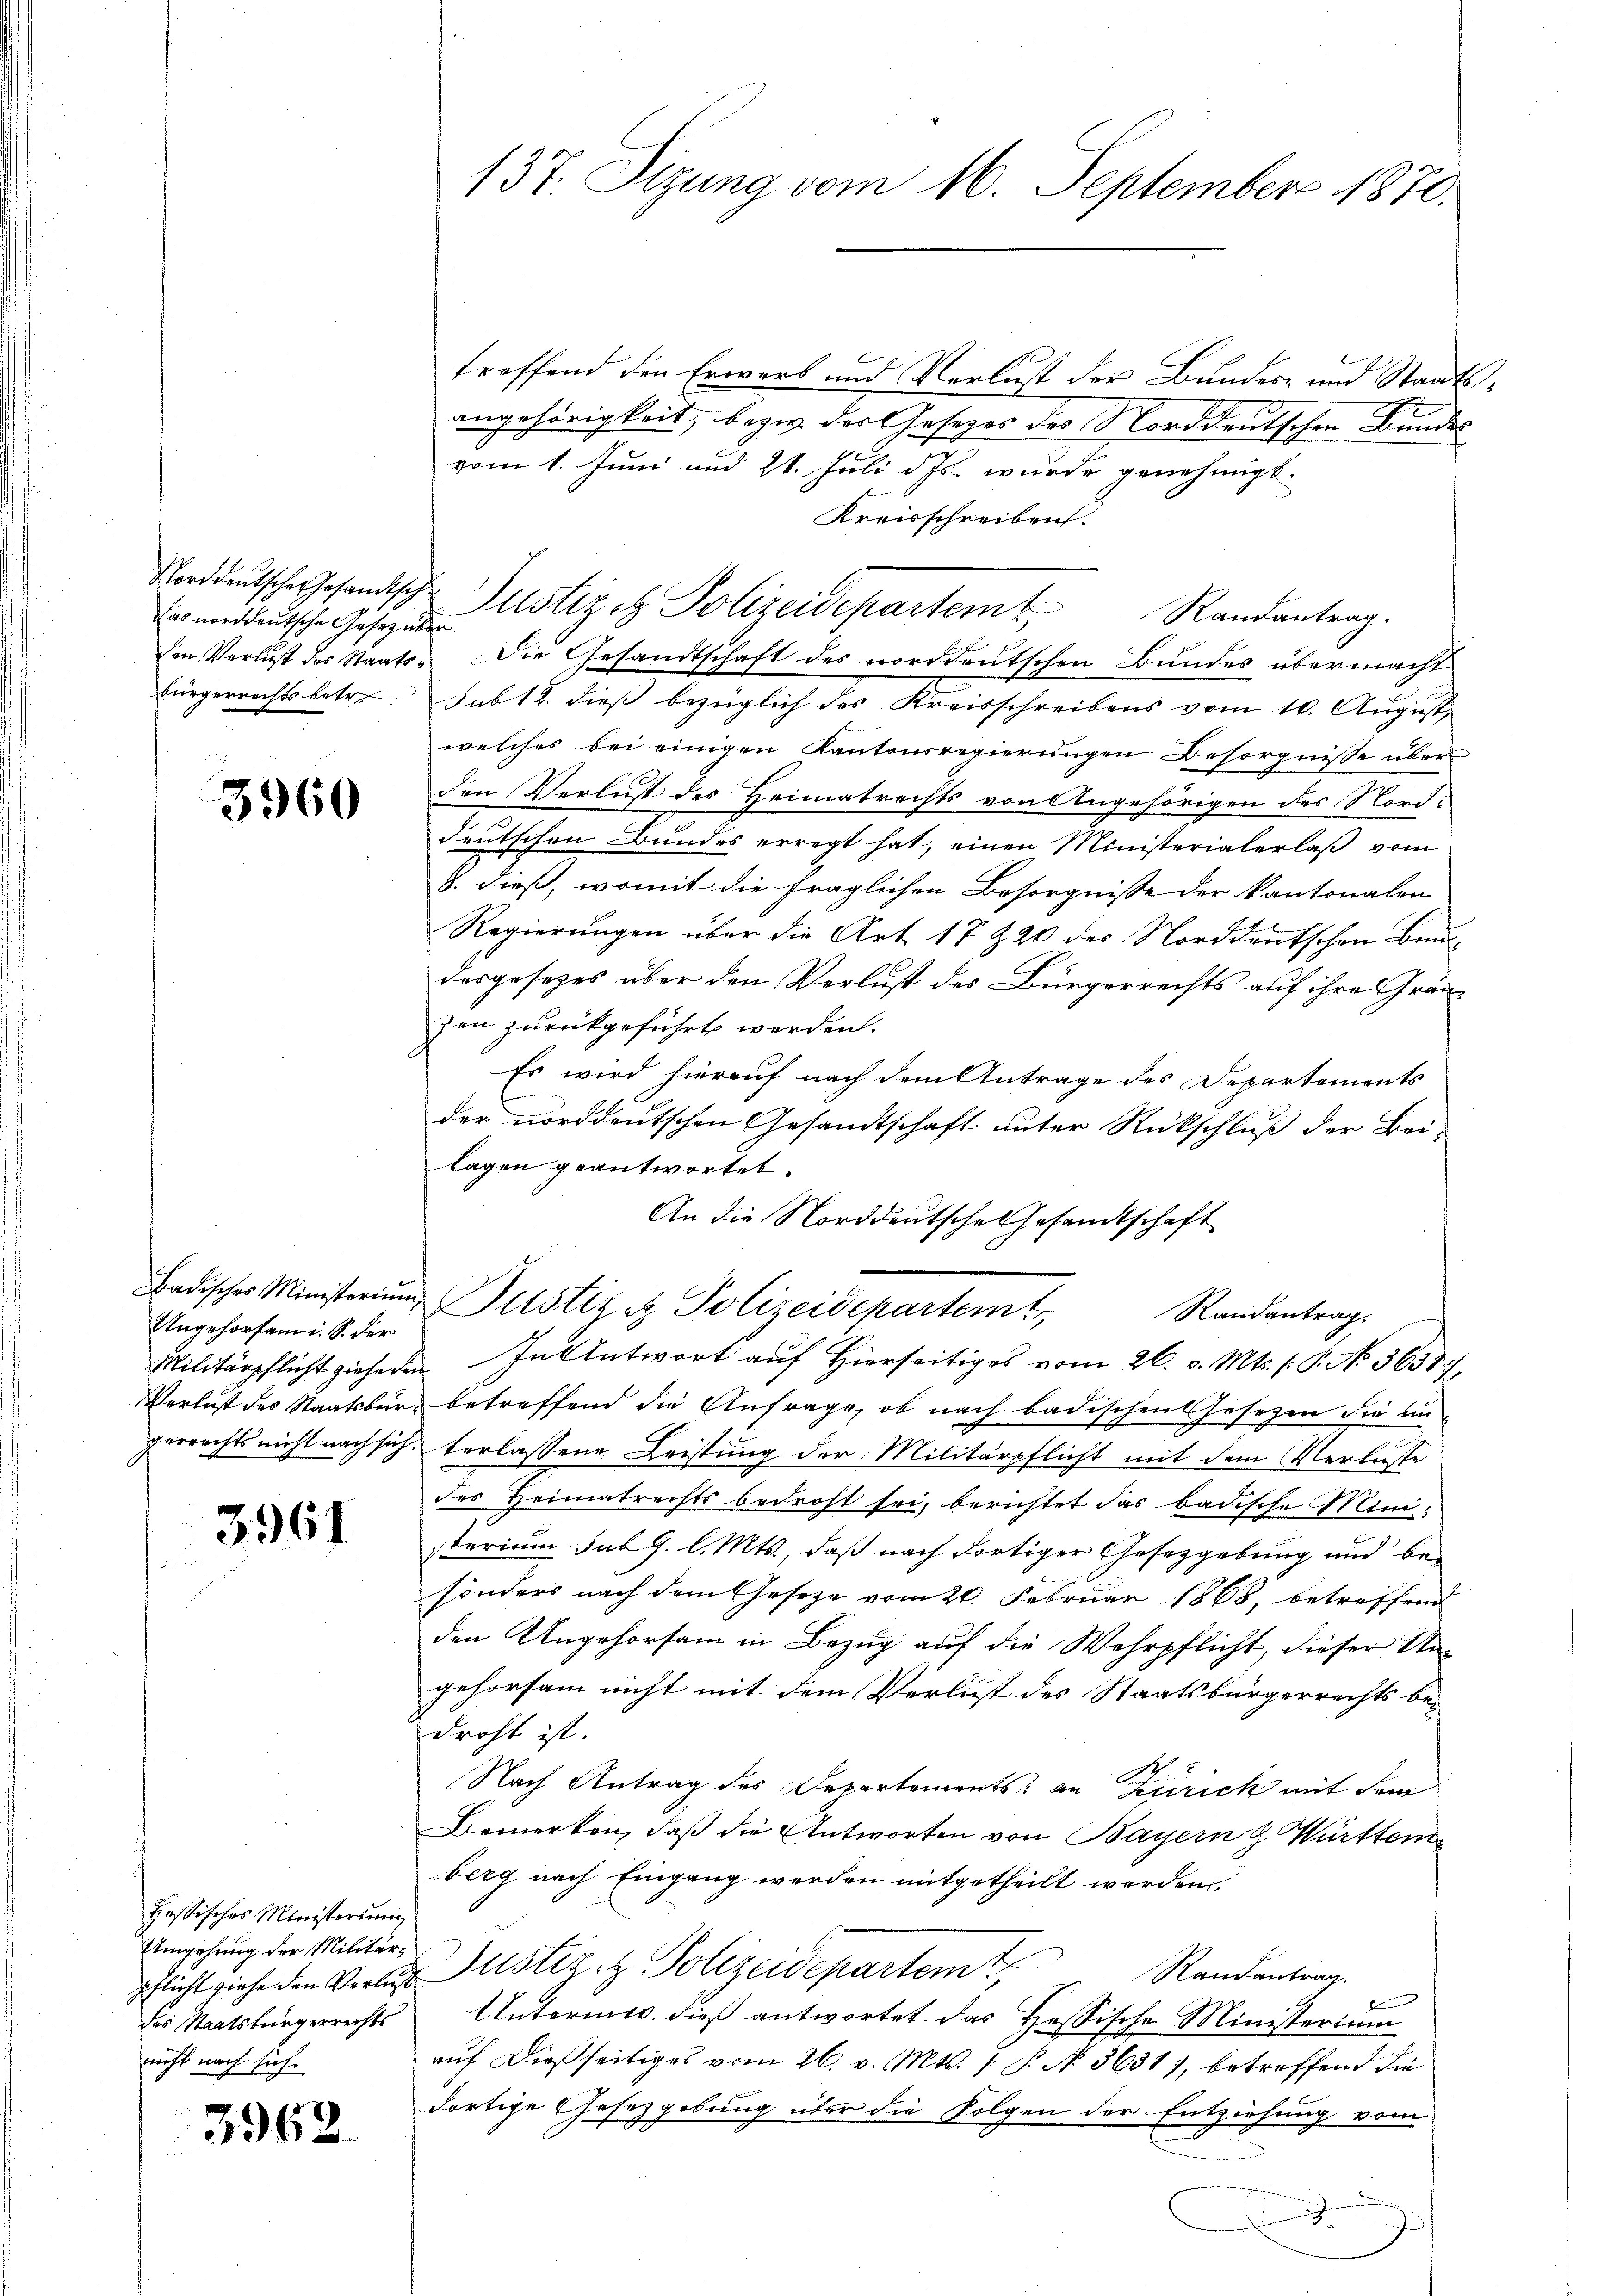
das norddeutsche Gesetz über
den Verlust des Staats¬

3960

Badisches Ministerium,
Ungehorsam i. S. der
Verlust des Staatsbürgerrechts nicht nach sich.

3961

Hessisches Ministerun
Umgehung der Militärpflicht ziehe den Verlust
des Staatsbürgerrechts
nicht nach sich

3962.

137. Sizung vom 16. September 1870.

treffend den Erwarb und Verlust der Bundes- und Staatsangehörigkeit, bezw. der Gesezes des Norddeutschen Bundes
vom 1. Juni und 21. Juli d. Js. wurde genehmigt.
Kreisschreiben.
Randantrag.
Die Gesandtschaft des norddeutschen Bundes übermacht
bürgerrechts betr. sub 12. dieß bezüglich des Kreisschreibens vom 10. August,
welches bei einigen Kantonsregierungen Besorgnisse über
den Verlust des Heimatrechts von Angehörigen des Norddeutschen Bundes erregt hat, einen Ministerialerlaß vom
8. dieß, womit die fraglichen Besorgnisse der kantonalen
Regierungen über die Art 17 § 20 des Norddeutschen Baudesgesezes über den Verlust des Bürgerrechts auf ihre Granzen zurückgeführt werden.
Es wird hierauf nach dem Antrage des Departements
der norddeutschen Gesandtschaft unter Rückschluß der Bei-
lagen geantwortet.
An die Norddeutsche Gesandtschaft
Justiziz Polizeidepartemt,
Randantrag.
Militärpflicht ziehenen. In Antwort auf Hierseitiges vom 26. v. Mts. P. No. 56387,
betreffend die Anfrage, ob nach badischen Gesetzen die un
terlassene Leistung der Militärpflicht mit dem Verluste
des Heimatrechts bedroht sei, berichtet das badische Ministerium sub G. l. Mts., daß nach dortiger Gesetzgebung und be-
sonders nach dem Gesetze vom 20. Februar 1868, betreffend
den Ungehorsam in Bezug auf die Wehrpflicht, dieser Ungehorsam nicht mit dem Verlust des Staatsbürgerrechts bedroht ist.
Nach Antrag des Departements an Zürich mit dem
Bemerken, daß die Antworten von Bayern G. Württem
berg nach Eingang werden mitgetheilt werden,
Justiz- & Polizeidepartamt Randantrag.
Untermis. dieß antwortet das Hassische Ministerium
auf dießseitiges vom 26. v. Mts. 1 P. N. 3631), betreffend die
dortige Gesetzgebung über die Folgen der Entziehung vom
.

Korddeutsche Gesandische Justiz et Polizeidepartemb